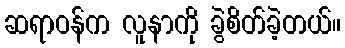
ဆရာဝန်က လူနာကို ခွဲစိတ်ခဲ့တယ်။